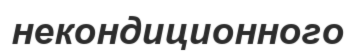
некондиционного